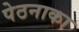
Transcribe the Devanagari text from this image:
पेठनाका